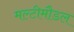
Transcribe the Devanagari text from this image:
मल्टीमौडल